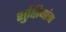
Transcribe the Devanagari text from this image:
शुक्षियांग